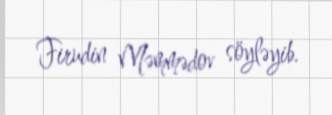
Firudin Məmmədov söyləyib.